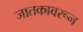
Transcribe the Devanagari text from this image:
जातकावरून